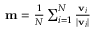
\begin{array} { r } { \mathbf { m } = \frac { 1 } { N } \sum _ { i = 1 } ^ { N } \frac { \mathbf { v } _ { i } } { | \mathbf { v } _ { i } | } } \end{array}